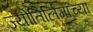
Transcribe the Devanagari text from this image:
ज्योतिर्लिंगांच्या